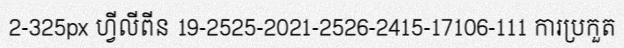
2-325px ហ្វីលីពីន 19-2525-2021-2526-2415-17106-111 ការប្រកួត